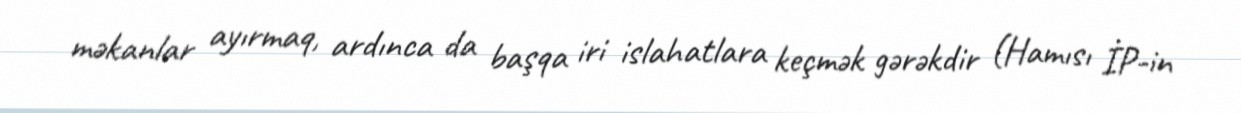
məkanlar ayırmaq, ardınca da başqa iri islahatlara keçmək gərəkdir (Hamısı İP-in